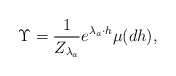
\begin{align*}\Upsilon =\frac{1}{Z_{\lambda_a}}e^{\lambda_a \cdot h}\mu(dh),\end{align*}